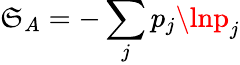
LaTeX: \mathfrak{S}_{A}=-\sum_{j}p_{j}\lnp_{j}